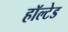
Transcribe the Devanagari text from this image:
हॉल्टेड